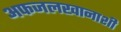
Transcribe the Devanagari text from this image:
अफजलखानाशी